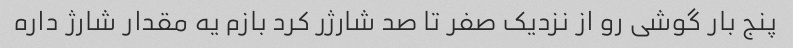
پنج بار گوشی رو از نزدیک صفر تا صد شارژر کرد بازم یه مقدار شارژ داره